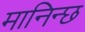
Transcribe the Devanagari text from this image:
मानिन्छ